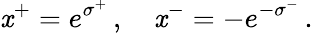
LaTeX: \mathit{x}^{+}=e^{\sigma^{+}}\, ,\quad\mathit{x}^{-}=-e^{-\sigma^{-}}\, .